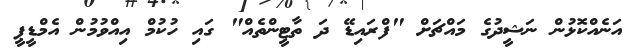
އަނެއްކޮޅުން ނަޝީދުގެ މައްޗަށް "ފްރައިޑޭ ދަ ތާޓީންތެއް" ގައި ހުކުމް އިއްވުމުން އެމްޑީޕީ